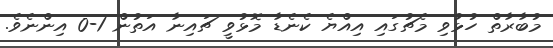
މުބާރާތް ހުޅުވި މެޗުގައި އިއްޔެ ކެނެޑާ މޮޅުވީ ޗައިނާ އަތުން 1-0 އިންނެވެ.